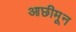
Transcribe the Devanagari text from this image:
आछीमून